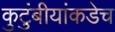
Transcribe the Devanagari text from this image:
कुटुंबीयांकडेच